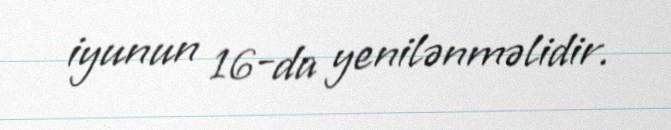
iyunun 16-da yenilənməlidir.